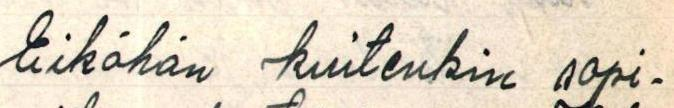
Eiköhän kuitenkin sopi-